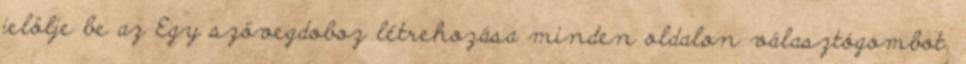
jelölje be az Egy szövegdoboz létrehozása minden oldalon választógombot.